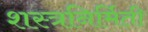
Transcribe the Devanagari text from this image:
शस्त्रनिर्मिती